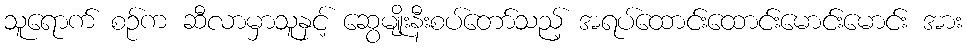
သူရောက် စဉ်က ဆီလာမှာသူနှင့် ဆွေမျိုးနီးစပ်တော်သည့် အရပ်ထောင်းထောင်းမောင်းမောင်း အား